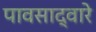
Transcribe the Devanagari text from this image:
पावसाद्वारे